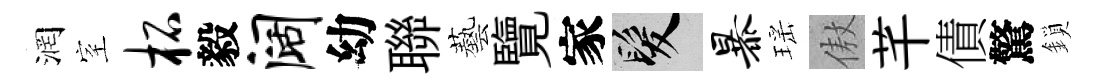
润室柘毅阔幼聯藝覽家髮暴瑶傲芊債驚鎖